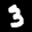
Label: 3